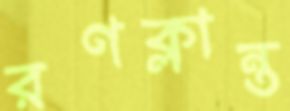
রণক্লান্ত